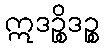
ဣဒဉ္စိဒဉ္စ